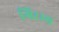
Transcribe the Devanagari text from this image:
गिरभ्य